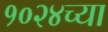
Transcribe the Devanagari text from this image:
१०२४च्या